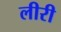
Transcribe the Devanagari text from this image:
लीरी